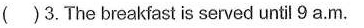
( )3.The breakfast is served untl 9 a.m.